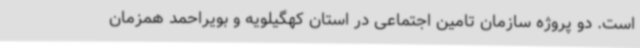
است. دو پروژه سازمان تامین اجتماعی در استان کهگیلویه و بویراحمد همزمان